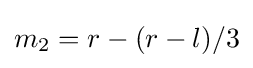
m_{2}=r-(r-l)/3